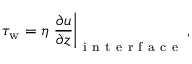
\tau _ { \mathrm { w } } = \eta \left. \frac { \partial u } { \partial z } \right| _ { \mathrm { ~ i ~ n ~ t ~ e ~ r ~ f ~ a ~ c ~ e ~ } } ,